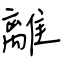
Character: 離